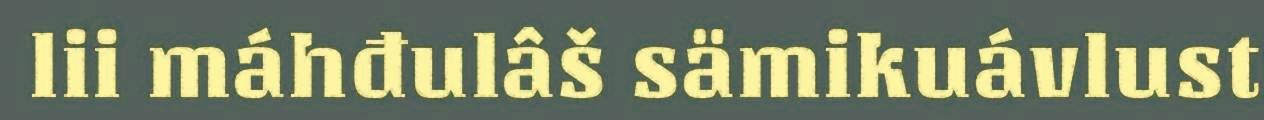
lii máhđulâš sämikuávlust